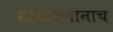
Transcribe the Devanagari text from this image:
सांभाळतानाच